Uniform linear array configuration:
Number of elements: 24
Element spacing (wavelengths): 0.75
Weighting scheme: cosine
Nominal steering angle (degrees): -15
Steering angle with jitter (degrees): -13.357
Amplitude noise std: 0.05
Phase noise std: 0.05

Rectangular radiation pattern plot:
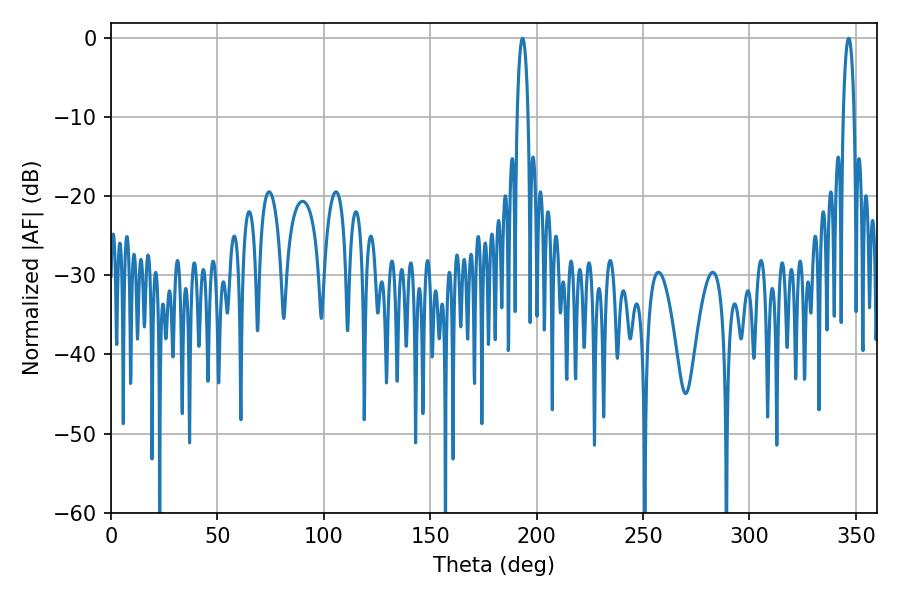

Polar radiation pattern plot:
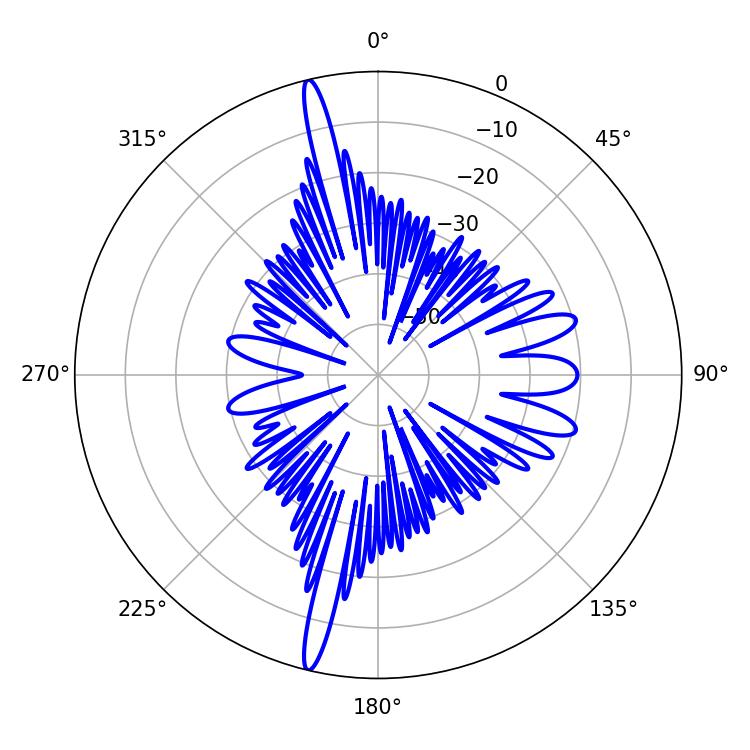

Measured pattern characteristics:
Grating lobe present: TRUE
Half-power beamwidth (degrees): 2.88
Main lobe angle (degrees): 193.32